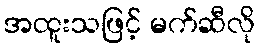
အထူးသဖြင့် မက်ဆီလို